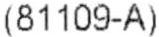
(81109-A)